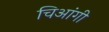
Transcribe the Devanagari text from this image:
चिआंगी